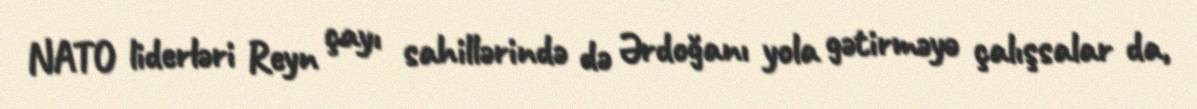
NATO liderləri Reyn çayı sahillərində də Ərdoğanı yola gətirməyə çalışsalar da,